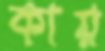
কায়